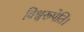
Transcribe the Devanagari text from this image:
विश्वरूपेति।